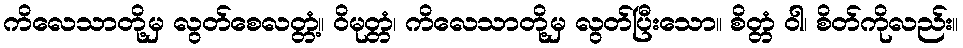
ကိလေသာတို့မှ လွတ်စေလတ္တံ့။ ဝိမုတ္တံ၊ ကိလေသာတို့မှ လွတ်ပြီးသော။ စိတ္တံ ဝါ၊ စိတ်ကိုလည်း။